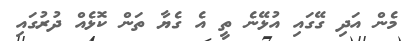
މެން އަދި ގޭގައި އުޅޭނެ ތީ އެ ގެޔާ ތަން ކޮޅެއް ދުރުގައި